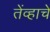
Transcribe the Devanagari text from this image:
तेंव्हाचे